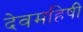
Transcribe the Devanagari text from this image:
देवमहिषी